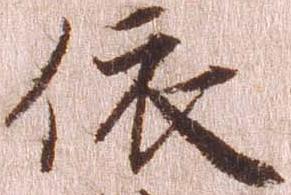
依